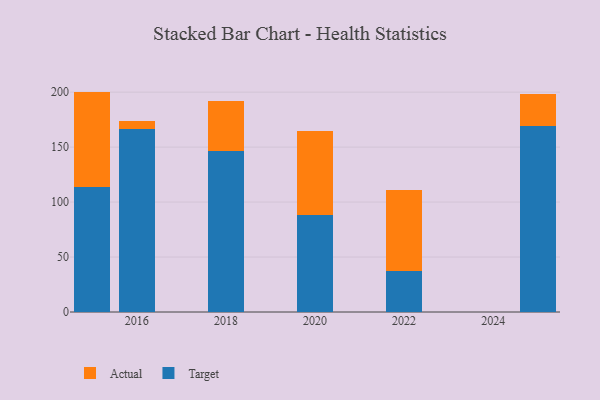
{"axis": {"x": "Year", "y": "Churn Rate (%)"}, "legend": ["Actual", "Target"], "data": [{"x": "2022", "y": 37.2, "type": "Target"}, {"x": "2022", "y": 74.2, "type": "Actual"}, {"x": "2015", "y": 113.6, "type": "Target"}, {"x": "2015", "y": 86.9, "type": "Actual"}, {"x": "2018", "y": 146.5, "type": "Target"}, {"x": "2018", "y": 45.2, "type": "Actual"}, {"x": "2025", "y": 168.8, "type": "Target"}, {"x": "2025", "y": 29.4, "type": "Actual"}, {"x": "2020", "y": 88.7, "type": "Target"}, {"x": "2020", "y": 76.2, "type": "Actual"}, {"x": "2016", "y": 166.9, "type": "Target"}, {"x": "2016", "y": 6.7, "type": "Actual"}]}